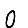
Digit: 0